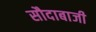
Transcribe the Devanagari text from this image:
सौदाबाजी